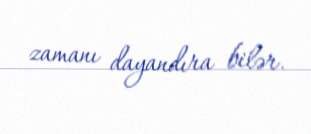
zamanı dayandıra bilər.